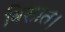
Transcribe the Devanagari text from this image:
बिसात।